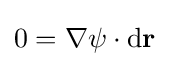
0=\nabla \psi \cdot \mathrm {d} \mathbf {r}